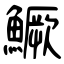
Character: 鱖